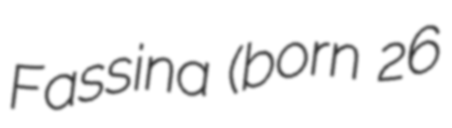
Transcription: Fassina (born 26